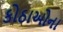
કોઠાઓના